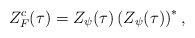
LaTeX: \begin{align*}Z^c_F(\tau) = Z_\psi(\tau) \left( Z_\psi(\tau) \right)^*,\end{align*}